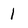
Character: I